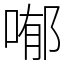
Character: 喐